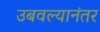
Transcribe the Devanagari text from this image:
उबवल्यानंतर